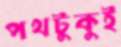
পথটুকুই